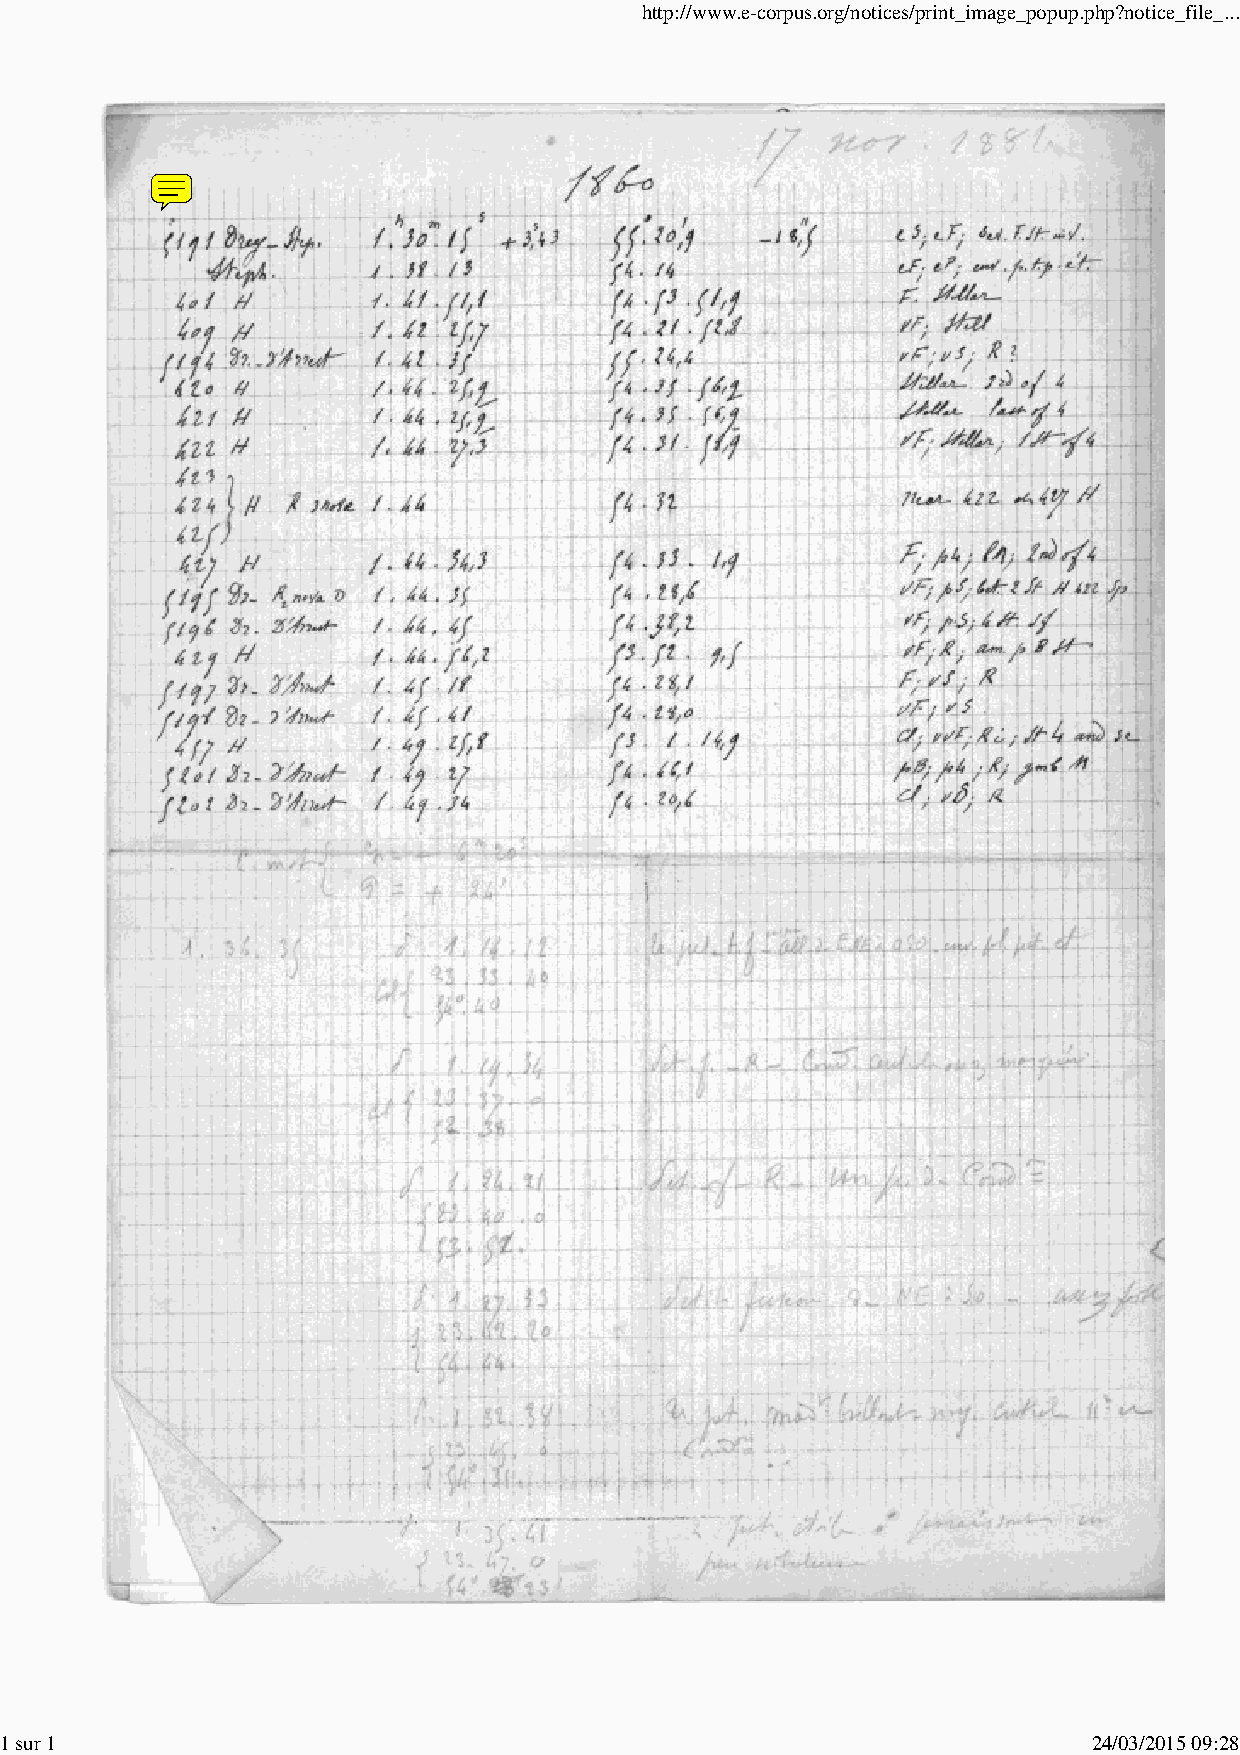
http://www.e-corpus.org/notices/print_image_popup.php?notice_file_...
 1 sur 1                                                                 24/03/2015 09:28